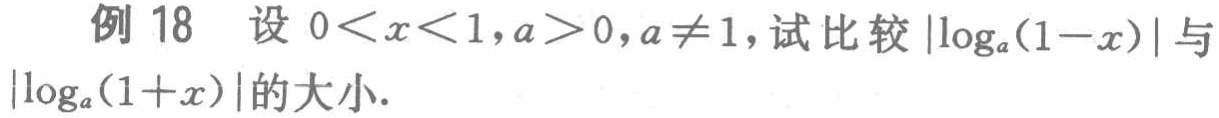
例 18 设 \(0<x<1,a>0,a\neq1\)，试比较\(\vert\log_{a}(1 - x)\vert\)与\(\vert\log_{a}(1 + x)\vert\)的大小.